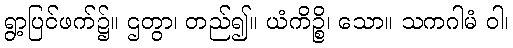
ရွာ့ပြင်ဖက်၌။ ဌတွာ၊ တည်၍။ ယံကိဉ္စိ၊ သော။ သကဂါမံ ဝါ၊